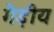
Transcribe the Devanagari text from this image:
गैड़ीय